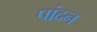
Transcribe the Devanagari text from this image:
पांदन